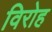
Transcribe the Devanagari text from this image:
विरोह